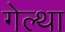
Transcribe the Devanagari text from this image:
गेल्था